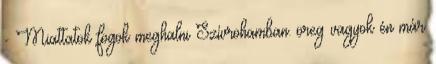
- Miattatok fogok meghalni Szívrohamban. öreg vagyok én már